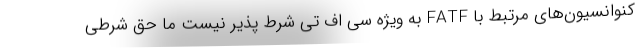
کنوانسیون‌های مرتبط با FATF به ویژه سی اف تی شرط پذیر نیست ما حق شرطی